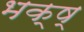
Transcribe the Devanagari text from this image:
भक्ष्